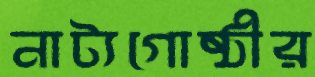
নাট্যগোষ্ঠীর